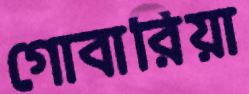
গোবারিয়া